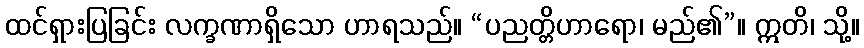
ထင်ရှားပြခြင်း လက္ခဏာရှိသော ဟာရသည်။ “ပညတ္တိဟာရော၊ မည်၏”။ ဣတိ၊ သို့။